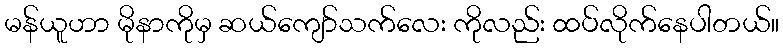
မန်ယူဟာ မိုနာကိုမှ ဆယ်ကျော်သက်လေး ကိုလည်း ထပ်လိုက်နေပါတယ်။